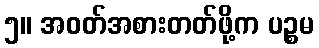
၅။ အဝတ်အစားတတ်ဖို့က ပဉ္စမ